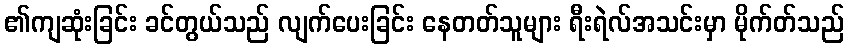
၏ကျဆုံးခြင်း ခင်တွယ်သည် လျက်ပေးခြင်း နေတတ်သူများ ရီးရဲလ်အသင်းမှာ မိုက်တ်သည်